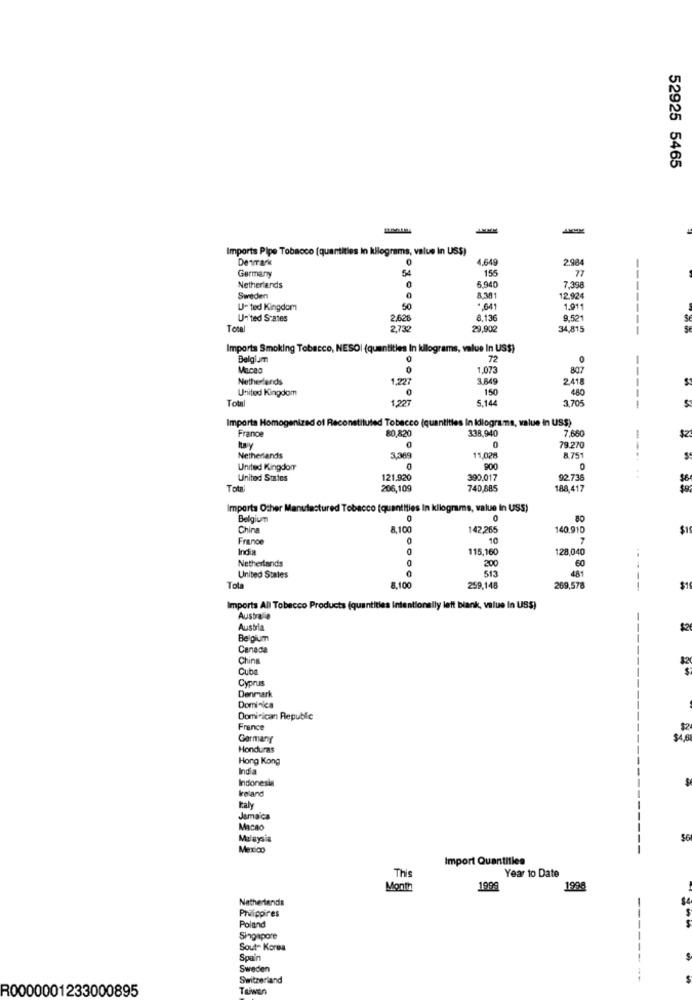
52925 5465
Imports Pipe Tobacco (quantities in kilograms, value In US$)
Denmark
0
4.649
2.984
SA
155
77
Germany
6.940
Netherlands
7,39
Sweden
8,301
12.924
U- ted Kingdom
50
.641
1.91
United States
2,628
8.13
9.52
Total
2732
29,902
34,815
Imports Smoking Tobacco, NESOl (quantities In kilograms, value In US$)
Belgium
72
0
Macao
0
1.073
807
Netherlands
1,227
3,84
2418
S
United Kingdom
150
480
Tota
1,227
5,14
3 705
-
$
Imports Homogenized
of Recor
ted Tobacco (quantities In Idiograms, value in US$)
80,820
338,940
7,660
France
$Z
Italy
0
0
79.270
Netherlands
3.389
11,020
8 751
United Kingdom
0
United States
121.920
390.017
92 736
$6
Total
206,109
740,885
188,417
Importa Other Manufactured Tobacco [quantities In kilograms, value In USS)
Belgium
0
80
China
1.100
142.265
140.910
$1
France
10
India
115,160
128,040
Netherlands
200
0
513
481
United States
Tola
8.100
259,148
269,578
---
$1
Imports All Tobacco Products (quantities Intentionally left biank, value In US$)
Australie
Austria
$2
Belgium
Canada
China
Cuba
Cyprus
Denmark
Domi-ca
Dominican Republic
France
Germany
SA
Honduras
Hong Kong
India
Indonesia
kreland
Italy
Jamaica
Macao
Malaysia
Mexico
Import Quantities
Year to Date
This
Month
1999
Netherlands
Philippires
Poland
Singapore
Sout- Korea
Spain
Sweden
Switzerland
R0000001233000895
Taiwan